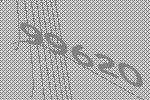
99620